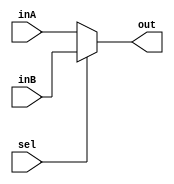
`timescale 1ns / 1ps

module ControlMux(out, inA, inB, sel);

    output reg [17:0] out;
    
    input [17:0] inA;
    input [17:0] inB;
    input sel;

    always @(*)
    begin
        if (sel == 0)
        begin
            out <= inA;
        end
        else
        begin
            out <= inB;
        end
    end

endmodule